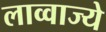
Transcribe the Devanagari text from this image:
लाव्वाज्ये